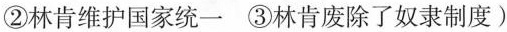
②林肯维护国家统一③林肯废除了奴隶制度)